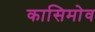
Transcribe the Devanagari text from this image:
कासिमोव